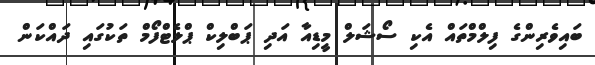
ބައިވެރިންގެ ފިލްމްތައް އެކި ސޯޝަލް މީޑިއާ އަދި ޕަބްލިކް ޕްލެޓްފޯމް ތަކުގައި ދައްކަން